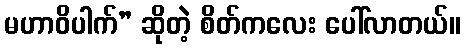
မဟာဝိပါက်” ဆိုတဲ့ စိတ်ကလေး ပေါ်လာတယ်။